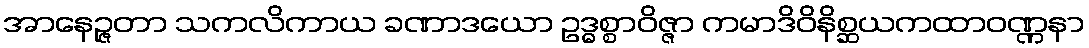
အာနေဉ္ဇတာ သကလိကာယ ခဏာဒယော ဥဒ္ဓစ္စာဝိဇ္ဇာ ကမာဒိဝိနိစ္ဆယကထာဝဏ္ဏနာ